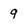
Character: 9